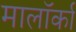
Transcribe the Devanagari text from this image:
मालॉर्का